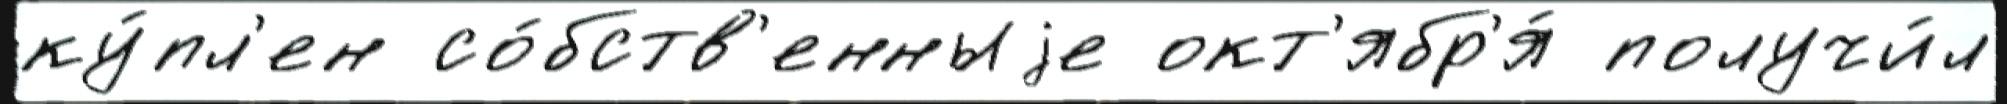
ку́пл'ен со́бств'енныjе окт'ябр'я́ получи́л